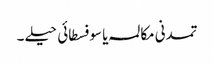
تمدنی مکالمہ یا سوفسطائی حیلے ۔